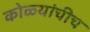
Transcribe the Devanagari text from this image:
कोळ्यांचीच